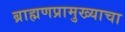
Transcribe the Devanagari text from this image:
ब्राह्मणप्रामुख्याचा